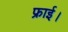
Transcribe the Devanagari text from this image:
फ्राई।